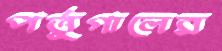
পর্তুগালের